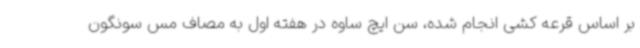
بر اساس قرعه کشی انجام شده، سن ایچ ساوه در هفته اول به مصاف مس سونگون